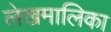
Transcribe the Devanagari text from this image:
लेखमालिका